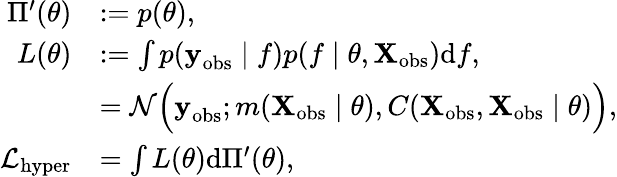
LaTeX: \begin{array}{rl}{\Pi^{\prime}(\theta)}&{:=p(\theta),}\\ {L(\theta)}&{:=\int p(\textbf{y}_{\mathrm{obs}}\mid f)p(f\mid\theta,\textbf{X}_{\mathrm{obs}})\mathrm{d}f,}\\ &{=\mathcal{N}\Big(\textbf{y}_{\mathrm{obs}};m(\textbf{X}_{\mathrm{obs}}\mid\theta),C(\textbf{X}_{\mathrm{obs}},\textbf{X}_{\mathrm{obs}}\mid\theta)\Big),}\\ {\mathcal{L}_{\mathrm{hyper}}}&{=\int L(\theta)\mathrm{d}\Pi^{\prime}(\theta),}\end{array}